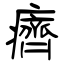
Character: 癠